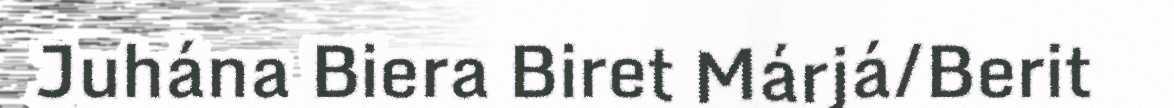
Juhána Biera Biret Márjá/Berit